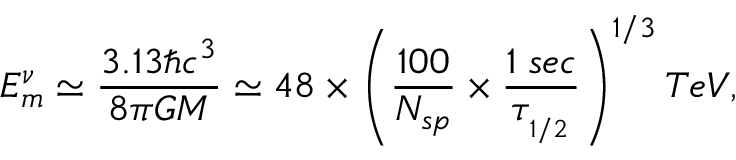
E _ { m } ^ { \nu } \simeq \frac { 3 . 1 3 \hbar c ^ { 3 } } { 8 \pi G M } \simeq 4 8 \times \left( \frac { 1 0 0 } { N _ { s p } } \times \frac { 1 \; s e c } { \tau _ { _ { 1 / 2 } } } \right) ^ { 1 / 3 } T e V ,